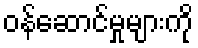
ဝန်ဆောင်မှုများကို